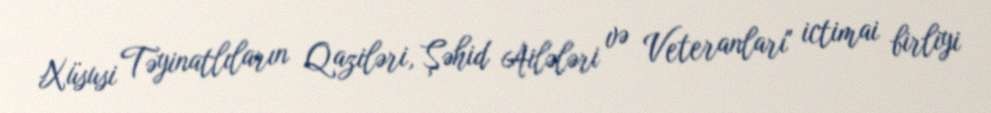
Xüsusi Təyinatlıların Qaziləri, Şəhid Ailələri və Veteranları" ictimai birliyi